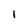
Character: 1